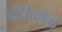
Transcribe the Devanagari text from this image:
चंडीकाव्य